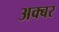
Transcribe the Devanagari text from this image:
अक्बर